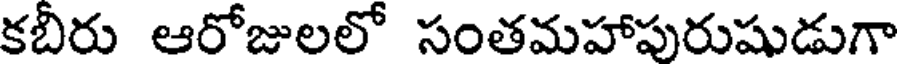
కబిరు ఆరోజులలో సంతమహాపురుషుడుగా